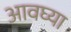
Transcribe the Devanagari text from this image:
आवघ्या